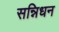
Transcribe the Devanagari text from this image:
सन्निधन